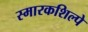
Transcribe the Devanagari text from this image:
स्मारकशिल्पे